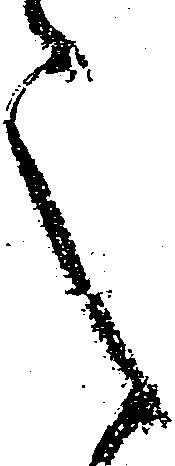
之